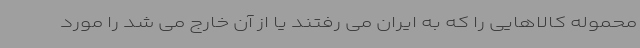
محموله کالاهایی را که به ایران می رفتند یا از آن خارج می شد را مورد